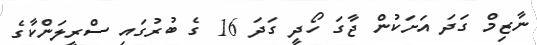
ނާޒިމް ގަދަ އަށަކުން ޖާގަ ހޯދީ ގަދަ 16 ގެ ބުރުގައި ސްރީލަންކާގެ